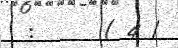
:      ( 4 /